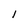
Character: 1